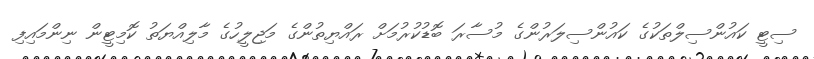
ސިޓީ ކައުންސިލްތަކުގެ ކައުންސިލަރުންގެ މުސާރަ ބޮޑުކުރުމަށް ރައްޔިތުންގެ މަޖިލީހުގެ މާލިއްޔަތު ކޮމިޓީން ނިންމައިފި